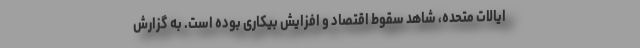
ایالات متحده، شاهد سقوط اقتصاد و افزایش بیکاری بوده است. به گزارش